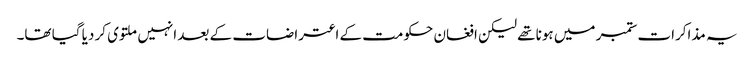
یہ مذاکرات ستمبر میں ہونا تھے لیکن افغان حکومت کے اعتراضات کے بعد انہیں ملتوی کر دیا گیا تھا۔